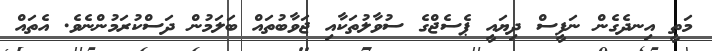
މަތީ އިނދެގެން ނަފީސް ދިޔައީ ޕެސެޖްގެ ސުވާލުތަކާއި ޖަވާބުތައް ބަލަމުން ދަސްކުރަމުންނެވެ. އެތައް